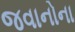
જવાનોના